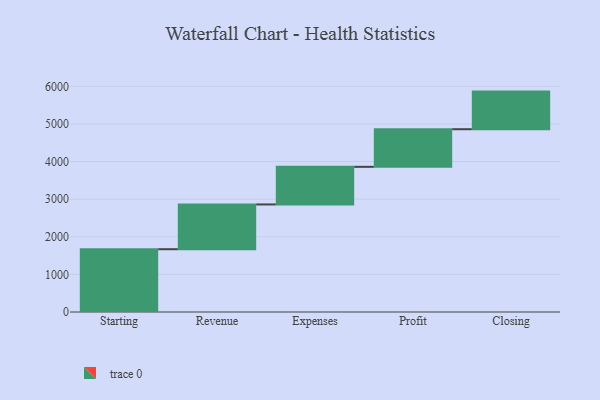
{"axis": {"x": "Step", "y": "Value"}, "legend": [""], "data": [{"x": "Starting", "y": 1669.0, "type": ""}, {"x": "Revenue", "y": 1190.0, "type": ""}, {"x": "Expenses", "y": 1000, "type": ""}, {"x": "Profit", "y": 1000, "type": ""}, {"x": "Closing", "y": 1000, "type": ""}]}